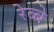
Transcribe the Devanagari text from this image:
रेब्बे